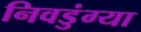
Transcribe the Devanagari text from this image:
निवडुंग्या